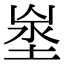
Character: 𡍑